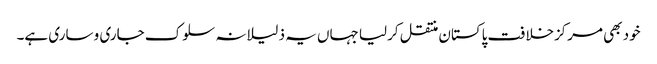
خود بھی مرکزخلافت پاکستان منتقل کرلیا جہاں یہ ذلیلانہ سلوک جاری و ساری ہے۔